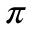
\pi